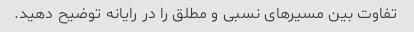
تفاوت بین مسیرهای نسبی و مطلق را در رایانه توضیح دهید.